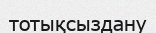
тотықсыздану